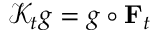
\mathcal { K } _ { t } g = g \circ { \bf F } _ { t }